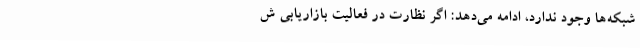
شبکه‌ها وجود ندارد، ادامه می‌دهد: اگر نظارت در فعالیت بازاریابی ش